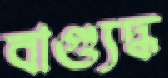
বাগ্যুদ্ধ